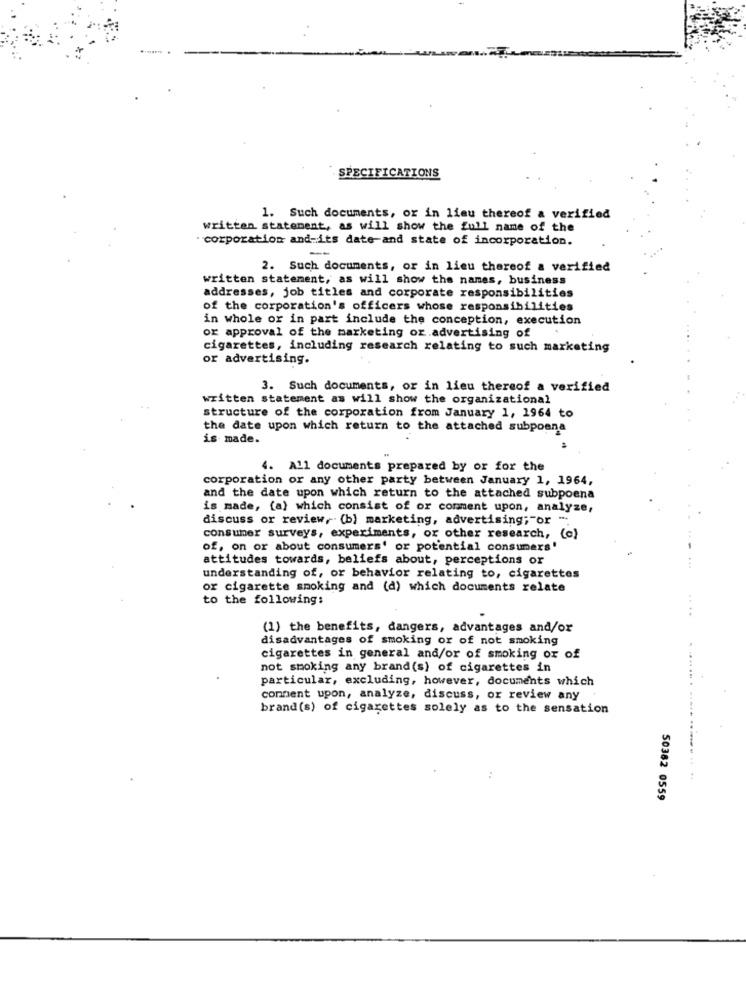
SPECIFICATIONS
1. Such documents, or in lieu thereof a verified
written statement, as will show the full name of the
corporation and-its date and state of incorporation.
-
2. Such documents, or in lieu thereof a verified
written statement, as will show the names, business
addresses, job titles and corporate responsibilities
of the corporation's officers whose responsibilities
in whole or in part include the conception, execution
or approval of the marketing or advertising of
cigarettes, including research relating to such marketing
or advertising.
3. Such documents, or in lieu thereof a verified
written statement as will show the organizational
structure of the corporation from January 1, 1964 to
the date upon which return to the attached subpoena
is made.
4. All documents prepared by or for the
corporation or any other party between January 1, 1964,
and the date upon which return to the attached subpoena
is made, (a) which consist of or comment upon, analyze,
discuss or review, (b) marketing, advertising; "or ".
consumer surveys, experiments, or other research, (c)
of, on or about consumers' or potential consumers'
attitudes towards, beliefs about, perceptions or
understanding of, or behavior relating to, cigarettes
or cigarette smoking and (d) which documents relate
to the following:
....
(1) the benefits, dangers, advantages and/or
disadvantages of smoking or of not smoking
cigarettes in general and/or of smoking ox of
not smoking any brand(s) of cigarettes in
particular, excluding, however, documents which
comment upon, analyze, discuss, or review any
brand(s) of cigarettes solely as to the sensation
50382 0559